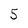
Character: 5